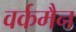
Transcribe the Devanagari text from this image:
वर्कमैन